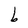
Character: b